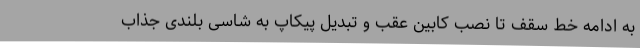
به ادامه خط سقف تا نصب کابین عقب و تبدیل پیکاپ به شاسی بلندی جذاب